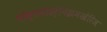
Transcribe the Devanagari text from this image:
पोस्टमॉडर्निझमखेरिज